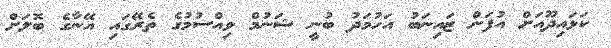
ކަޅައިދޫއަށް އުފަން ޒައިނަބު އަހުމަދު ބުނީ ޝަނުމް ވިއްސުމުގެ ތެރޭގައި އޭނާގެ ބޮލަށް